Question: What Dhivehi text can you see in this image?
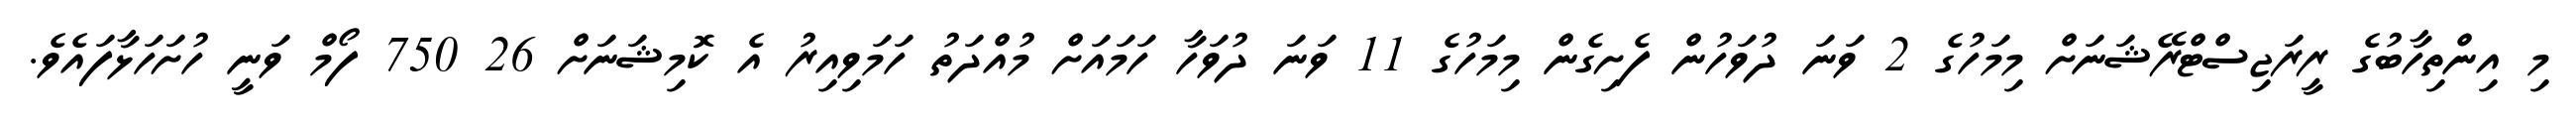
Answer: މި އިންތިހާބުގެ ރީރަޖިސްޓްރޭޝަނަށް މިމަހުގެ 2 ވަނަ ދުވަހުން ފެށިގެން މިމަހުގެ 11 ވަނަ ދުވަހާ ހަމައަށް މުއްދަތު ހަމަވިއިރު އެ ކޮމިޝަނަށް 26 750 ފޯމް ވަނީ ހުށަހަޅާފައެވެ.